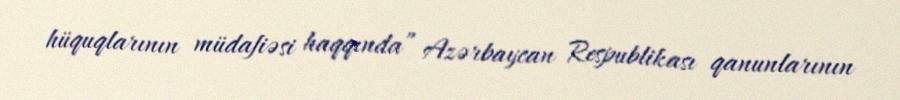
hüquqlarının müdafiəsi haqqında” Azərbaycan Respublikası qanunlarının